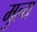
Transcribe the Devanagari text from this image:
मुल्‍य